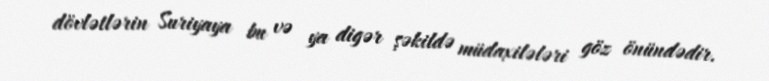
dövlətlərin Suriyaya bu və ya digər şəkildə müdaxilələri göz önündədir.